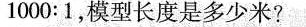
$$1 0 0 0 : 1$$，模型长度是多少米?